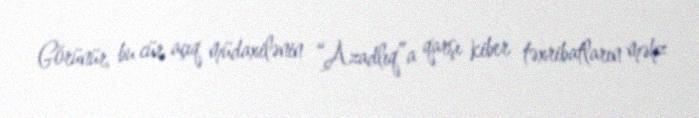
Görünür, bu cür açıq müdaxilənin “Azadlıq”a qarşı kiber təxribatların məhz